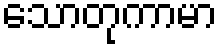
သောတုကာမာ